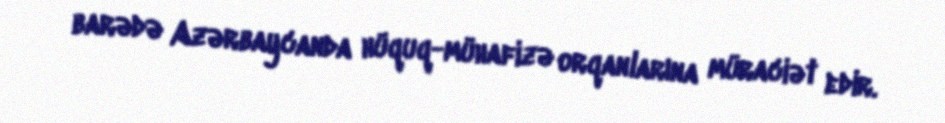
barədə Azərbaycanda hüquq-mühafizə orqanlarına müraciət edir.